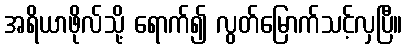
အရိယာဖိုလ်သို့ ရောက်၍ လွတ်မြောက်သင့်လှပြီ။